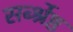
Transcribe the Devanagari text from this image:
सर्ब्श्रेष्ठ